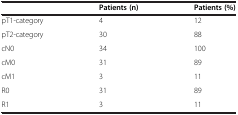
<table><thead><tr><td><b> </b></td><td><b>Patients (n)</b></td><td><b>Patients (%)</b></td></tr></thead><tbody><tr><td>pT1-category</td><td>4</td><td>12</td></tr><tr><td>pT2-category</td><td>30</td><td>88</td></tr><tr><td>cN0</td><td>34</td><td>100</td></tr><tr><td>cM0</td><td>31</td><td>89</td></tr><tr><td>cM1</td><td>3</td><td>11</td></tr><tr><td>R0</td><td>31</td><td>89</td></tr><tr><td>R1</td><td>3</td><td>11</td></tr></tbody></table>